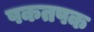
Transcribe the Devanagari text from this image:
पकतपक